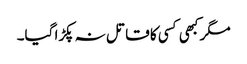
مگر کبھی کسی کا قاتل نہ پکڑا گیا۔